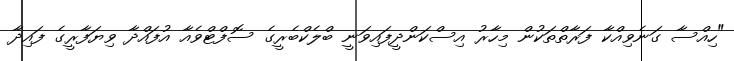
"ހިއްސާ ގަނެވިއްކާ ފަރާތްތަކުން މިހާރު އިސްކަންދީފައިވަނީ ބްލެކްބެރީގެ ސޮފްޓްވެއާ އުފައްދާ ވިޔަފާރީގެ ފައިދާ